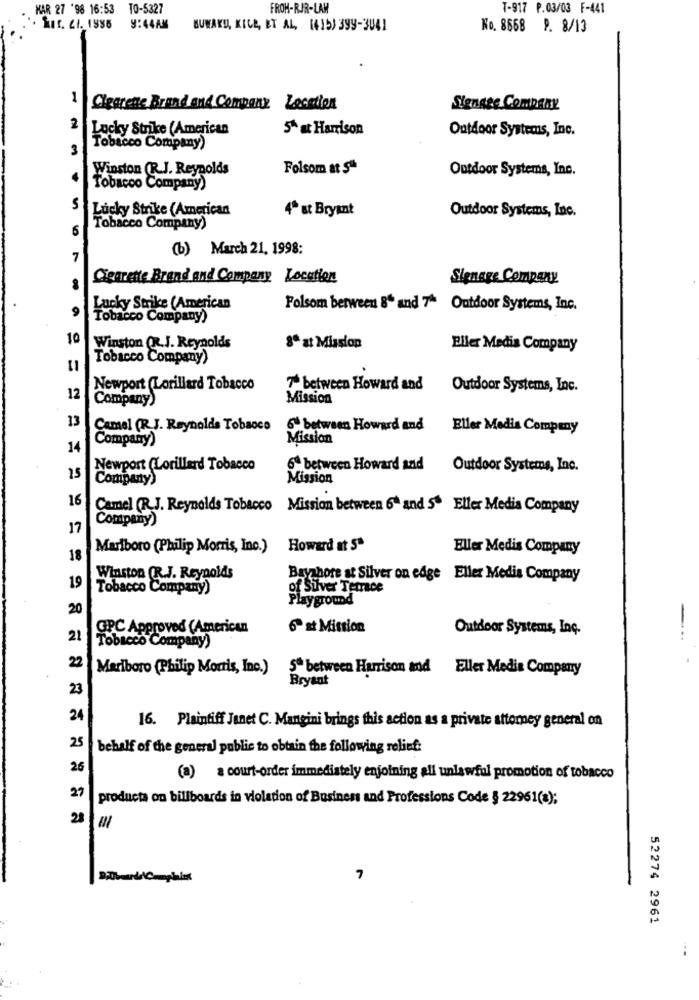
KAR 27 '98 16:53
TO-5327
FROH-RJR-LAW
T-917 P.03/03 F-441
Rif. CI. 1986
9:44AM
BUWAKU, KICE, ET AL (415) 399-3041
No. 8668 P. 8/13
1
Clearette Brand and Company Location
Stensse Company
2
Lucky Strike (American
5ª at Harrison
Outdoor Systems, Inc.
Tobacco Company)
Winston (R.J. Reynolds
Folsom at $
Outdoor Systems, Inc.
Tobacco Company)
Lucky Strike (American
4ª at Bryant
Outdoor Systems, Inc.
Tobacco Company)
(b) March 21, 1998:
Cigarette Brand and Company Location
Signage Company
Lucky Strike (American
Folsom berween 8 and 7ª Outdoor Systems, Inc.
Tobacco Company)
10
Winston (R.J. Reynolds
8ª at Mission
Eller Media Company
Tobacco Company)
Newport (Lorillard Tobacco
7 between Howard and Outdoor Systems, Inc.
12
Company)
Mission
13
Camel (R.J. Reynolds Tobacco
6. between Howard and Eller Media Company
Company)
Mission
14
Newport (Lorillard Tobacco
6ª between Howard and
Outdoor Systems, Inc.
15
Company)
Mission
16
Camel (R.J. Reynolds Tobacco Mission between 6ª and 5ª Eller Media Company
Company)
17
Marlboro (Philip Morris, Ino.) Howard at S"
Eller Medis Company
18
19
Winston (R.J. Reynolds
Bayshore at Silver on edge Eller Media Company
Tobacco Company)
of Silver Terrace
Playground
20
GPC Approved (American
6 st Mission
Outdoor Systems, Inc.
Tobacco Company)
--
22
Marlboro (Philip Morris, Inc.)
5ª between Harrison and Eller Media Company
Bryant
23
24
16. Plaintiff Janet C. Mangini brings this action as a private attomey general on
25
behalf of the general public to obtain the following relief:
26
(a) a court-order immediately enjoining all unlawful promotion of tobacco
27
producta on billboards in violation of Business and Professions Code § 22961(s);
28
52274 2961